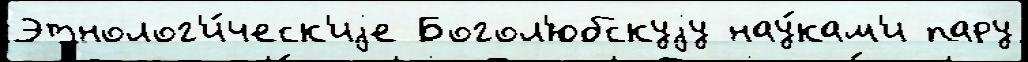
Этнолог'и́ческ'иjе Богол'юбскуjу нау́кам'и пару